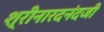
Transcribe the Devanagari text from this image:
श्रीनारदनंदजी